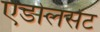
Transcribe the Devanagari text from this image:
एडोलसेंट